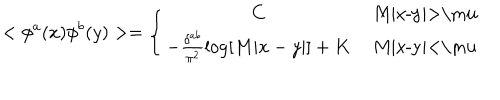
LaTeX: < \phi ^ { a } ( x ) \phi ^ { b } ( y ) > = \left\{ \begin{array} { c c } { { C } } & { { \mathrm { ~ M | x - y | > \ m u ~ } } } \\ { { - \frac { \delta ^ { a b } } { \pi ^ { 2 } } \log [ M | x - y | ] + K } } & { { \mathrm { ~ M | x - y | < \ m u ~ } } } \\ \end{array} \right.